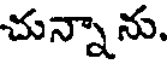
చున్నాను.